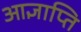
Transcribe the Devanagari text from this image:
आज्ञाप्ति